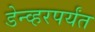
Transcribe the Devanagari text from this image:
डेन्व्हरपर्यंत